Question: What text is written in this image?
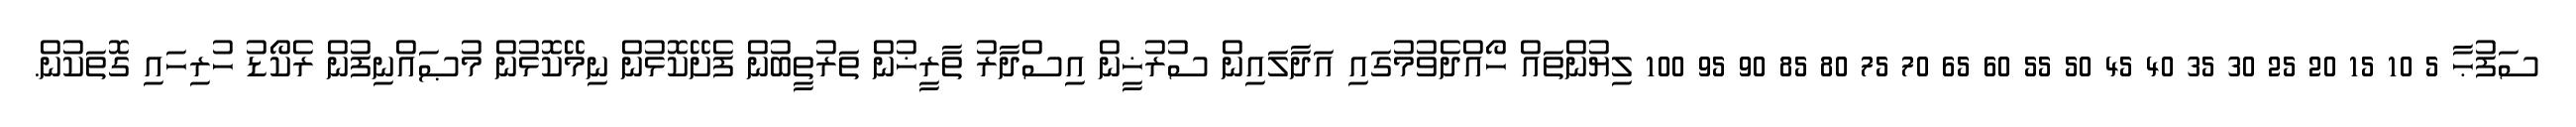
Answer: ސަފުޙާ 5 10 15 20 25 30 35 40 45 50 55 60 65 70 75 80 85 90 95 100 ލިޔުންތައް ހޯއްދެވުމުގައި އަދާލައިން ސުރުޚީން އިސްދާރު ތާރީޚުން ތަރުތީބުން ފެށޭކޮޅުން ނިމޭކޮޅުން މުޞައްނިފުން ރެކޯޑު ހުރިހައި ގޮތަކުން.